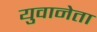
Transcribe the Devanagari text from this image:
युवानेता